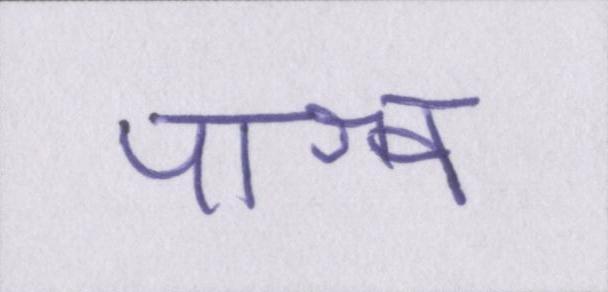
पाश्र्व